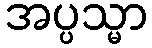
အပ္ပသ္မာ